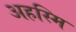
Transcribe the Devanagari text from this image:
अहस्मि